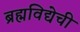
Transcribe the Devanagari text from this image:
ब्रह्मविद्येची